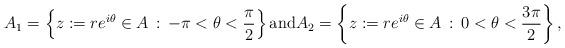
LaTeX: \begin{align*}A_{1}=\left\{z:=re^{i\theta}\in A\, :\, -\pi<\theta<\frac{\pi}{2}\right\}{\rm and} A_2=\left\{z:=re^{i\theta}\in A\, :\, 0<\theta<\frac{3\pi}{2}\right\},\end{align*}